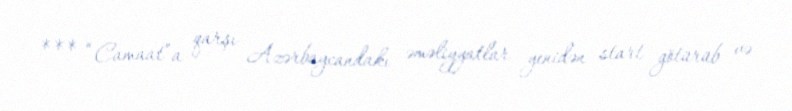
*** “Camaat”a qarşı Azərbaycandakı əməliyyatlar yenidən start götürüb və